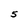
Character: 5